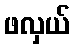
ဖလှယ်